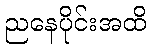
ညနေပိုင်းအထိ